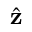
\hat { \mathbf { z } }